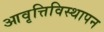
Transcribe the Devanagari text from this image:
आवृत्तिविस्थापन